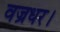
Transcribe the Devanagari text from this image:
वज्रधर।